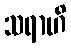
သရာဟိ